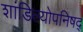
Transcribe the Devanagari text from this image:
शांडिल्योपनिषद्